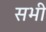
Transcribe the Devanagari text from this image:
सभी